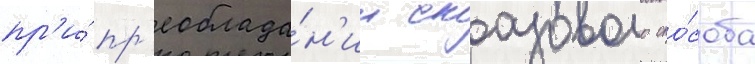
пр'и́ пр'еоблада́н'ии сказового спо́соба